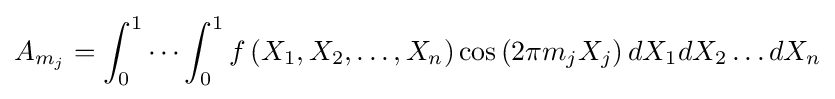
A_{m_{j}}=\int _{0}^{1}\cdots \int _{0}^{1}f\left(X_{1},X_{2},\dots ,X_{n}\right)\cos \left(2\pi m_{j}X_{j}\right)dX_{1}dX_{2}\dots dX_{n}